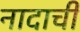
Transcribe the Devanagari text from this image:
नादाची